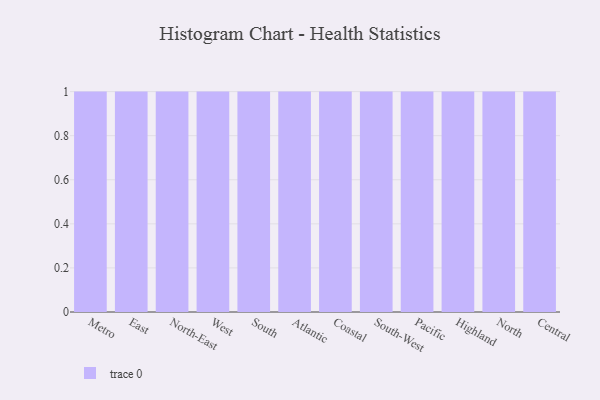
{"axis": {"x": "Region", "y": "Revenue (USD Million)"}, "legend": [""], "data": [{"x": "Metro", "y": 19, "type": ""}, {"x": "East", "y": 15, "type": ""}, {"x": "North-East", "y": 76, "type": ""}, {"x": "West", "y": 63, "type": ""}, {"x": "South", "y": 30, "type": ""}, {"x": "Atlantic", "y": 10, "type": ""}, {"x": "Coastal", "y": 78, "type": ""}, {"x": "South-West", "y": 59, "type": ""}, {"x": "Pacific", "y": 16, "type": ""}, {"x": "Highland", "y": 72, "type": ""}, {"x": "North", "y": 8, "type": ""}, {"x": "Central", "y": 59, "type": ""}]}